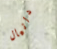
دانيال